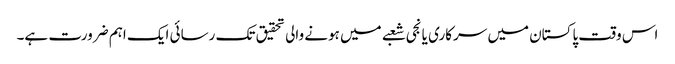
اس وقت پاکستان میں سرکاری یا نجی شعبے میں ہونے والی تحقیق تک رسائی ایک اہم ضرورت ہے۔